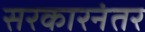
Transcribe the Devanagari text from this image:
सरकारनंतर